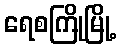
ရေစကြိုမြို့